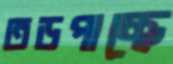
তড়পাচ্ছে